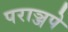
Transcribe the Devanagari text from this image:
पराञ्जपे